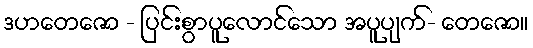
ဒဟတေဇော - ပြင်းစွာပူလောင်သော အပူပျက်- တေဇော။